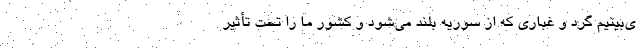
ی‌بینیم گرد و غباری که از سوریه بلند می‌شود و کشور ما را تحت تأثیر